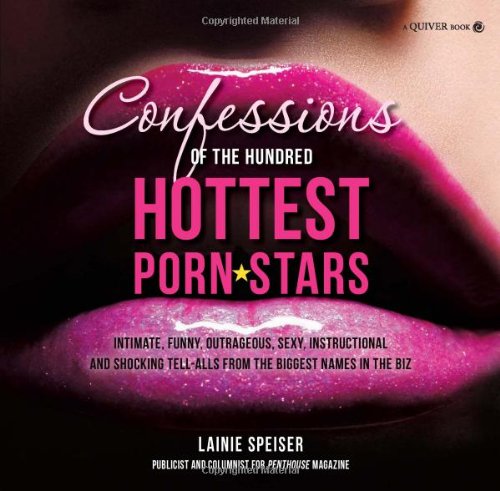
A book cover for Confessions of the Hundred Hottest Porn Stars; Lainie Speiser; Health, Fitness & Dieting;